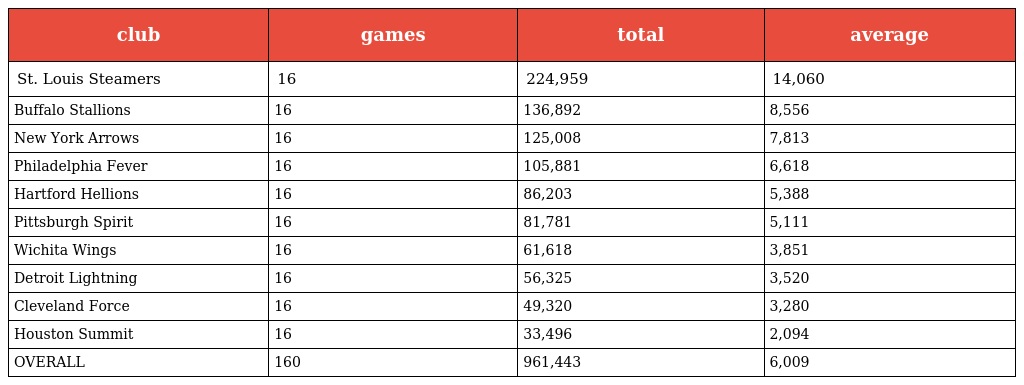
| club | games | total | average |
 | --- | --- | --- | --- |
 | St. Louis Steamers | 16 | 224,959 | 14,060 |
 | Buffalo Stallions | 16 | 136,892 | 8,556 |
 | New York Arrows | 16 | 125,008 | 7,813 |
 | Philadelphia Fever | 16 | 105,881 | 6,618 |
 | Hartford Hellions | 16 | 86,203 | 5,388 |
 | Pittsburgh Spirit | 16 | 81,781 | 5,111 |
 | Wichita Wings | 16 | 61,618 | 3,851 |
 | Detroit Lightning | 16 | 56,325 | 3,520 |
 | Cleveland Force | 16 | 49,320 | 3,280 |
 | Houston Summit | 16 | 33,496 | 2,094 |
 | OVERALL | 160 | 961,443 | 6,009 |